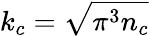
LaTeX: \mathcal{k}_{c}=\sqrt{\pi^{3}n_{c}}